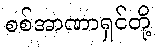
စစ်အာဏာရှင်တို့